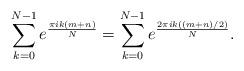
LaTeX: \begin{align*} \sum_{k=0}^{N-1}e^{\frac{\pi ik(m+n)}{N}} = \sum_{k=0}^{N-1}e^{\frac{2\pi ik((m+n)/2)}{N}}.\end{align*}